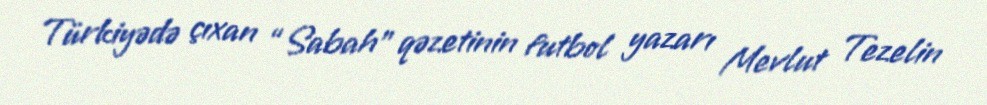
Türkiyədə çıxan “Sabah” qəzetinin futbol yazarı Mevlut Tezelin